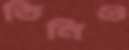
তিনিও